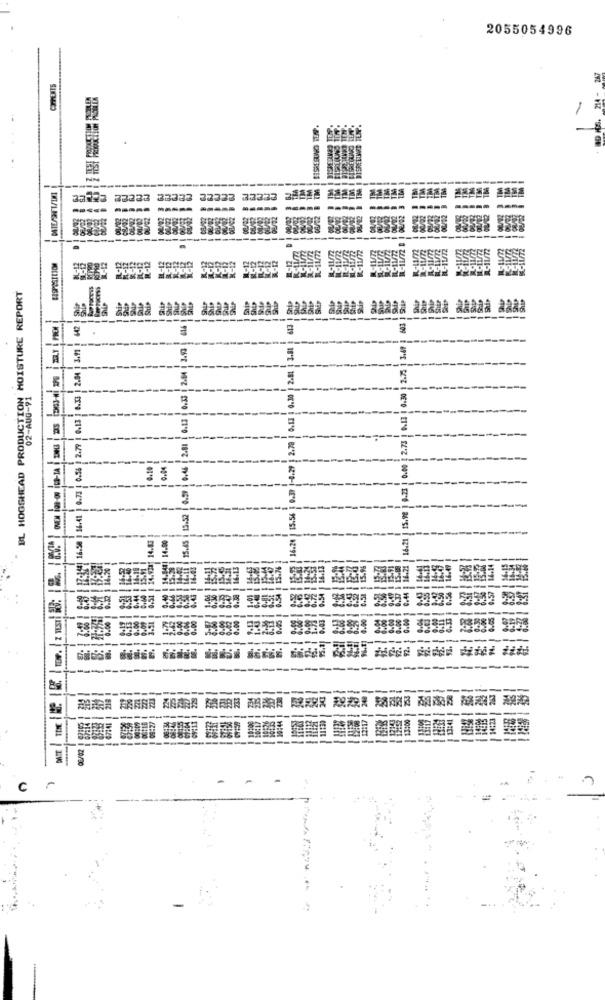
2055054996
COMMENTS
-
ATE - HZ 'SH GE
@3233
33333
BL HOGSHEAD PRODUCTION MOISTURE REPORT
2.73 | 0.13 1 0.30 1 2.75 1 3.69 3 603
목
18'T
2.04
5
02-AUG-91
0.13
2.81
5
ONEH TOB-ON IES-1A
多
まこ ま
TOw. z TEsTI NG: 1 8%. 1 8:02- 1
SF'SI
Bera i g's-i are i os'ss / wz"or
-------
cr